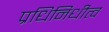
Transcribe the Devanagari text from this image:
प्रधिनिधीत्व